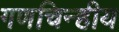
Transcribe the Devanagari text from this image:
गणचिन्हीय